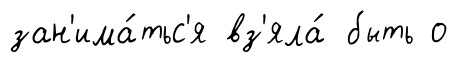
зан'има́тьс'я вз'яла́ быть о